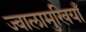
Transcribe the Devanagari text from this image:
ज्वालामुखियाँ